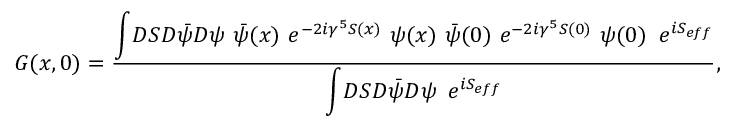
G ( x , 0 ) = \frac { { \displaystyle \int } { \cal D } S { \cal D } { \bar { \psi } } { \cal D } \psi ~ { \bar { \psi } } ( x ) ~ e ^ { - 2 i \gamma ^ { 5 } S ( x ) } ~ \psi ( x ) ~ { \bar { \psi } } ( 0 ) ~ { \displaystyle e } ^ { - 2 i \gamma ^ { 5 } S ( 0 ) } ~ \psi ( 0 ) \, \, \, e ^ { i S _ { e f f } } } { { \displaystyle \int } { \cal D } S { \cal D } { \bar { \psi } } { \cal D } \psi \, \, \, { \displaystyle e } ^ { i S _ { e f f } } } ,